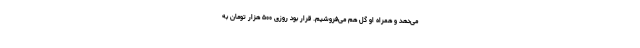
می‌دهد و همراه او گل هم می‌فروشیم. قرار بود روزی ۵۰۰ هزار تومان به